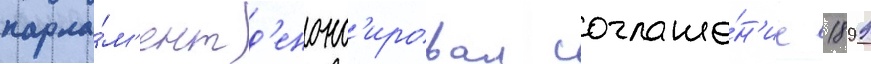
парла́м'ент д'енонс'ировал соглаше́н'ие 1899